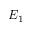
E _ { 1 }